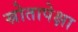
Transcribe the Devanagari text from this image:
स्रोतापेक्षा